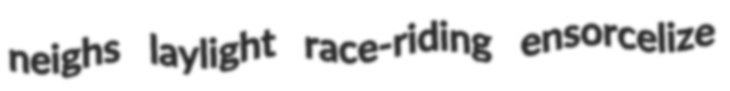
neighs laylight race-riding ensorcelize